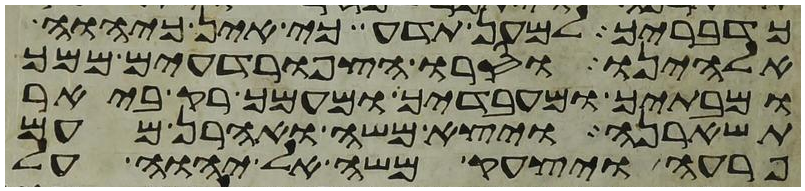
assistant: כדבריך למען תדע כי אין כיהוה
אלהינו וסרו הצפרדעים ממך
ומבתיך ומעבדיך ומעמך רק ביאר
תשארנה ויצא משה ואהרן מעם
פרעה ויצעק משה אל יהוה על